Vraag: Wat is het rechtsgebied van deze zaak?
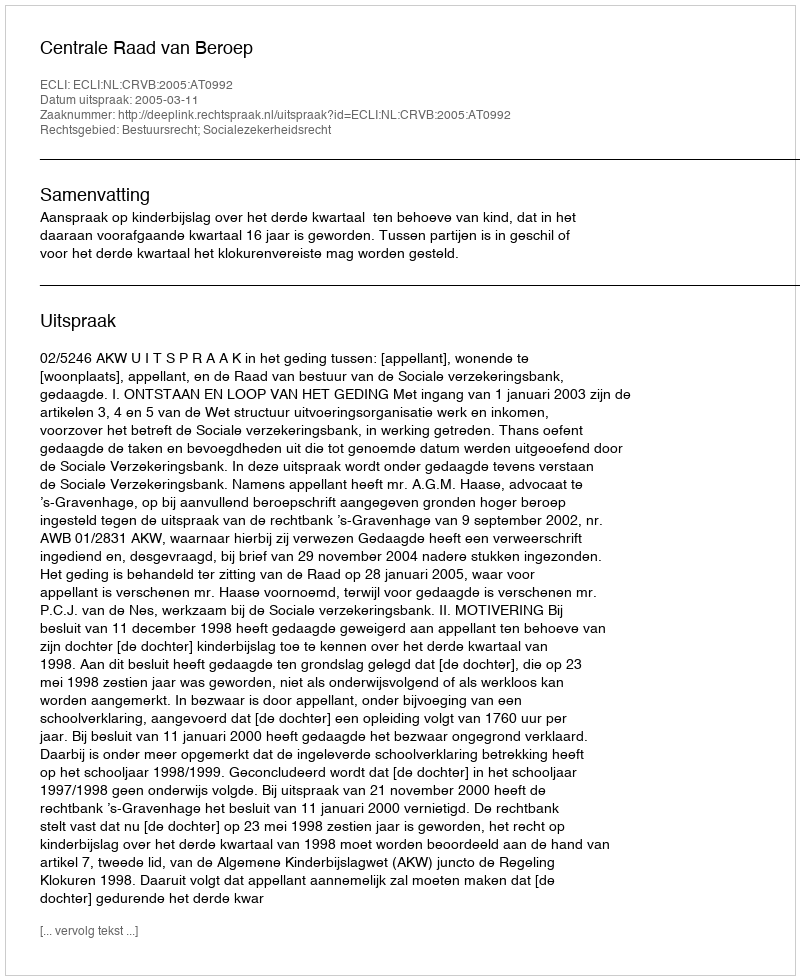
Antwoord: Bestuursrecht; Socialezekerheidsrecht